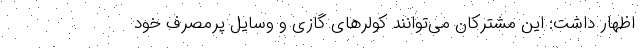
اظهار داشت: این مشترکان می‌توانند کولرهای گازی و وسایل پرمصرف خود